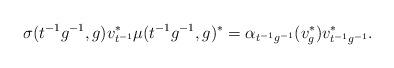
LaTeX: \begin{align*}\sigma(t^{-1}g^{-1},g)v_{t^{-1}}^*\mu(t^{-1}g^{-1},g)^*=\alpha_{t^{-1}g^{-1}}(v_g^*)v_{t^{-1}g^{-1}}^*.\end{align*}